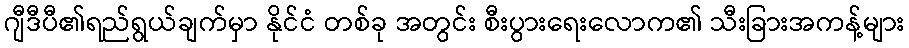
ဂျီဒီပီ၏ရည်ရွယ်ချက်မှာ နိုင်ငံ တစ်ခု အတွင်း စီးပွားရေးလောက၏ သီးခြားအကန့်များ